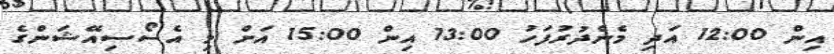
އިން 12:00 އަދި މެންދުރުފަހު 13:00 އިން 15:00 އަށް މި އެސޯސިއޭޝަންގެ